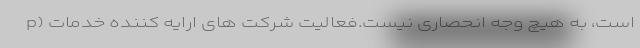
است، به هیچ وجه انحصاری نیست.فعالیت شرکت های ارایه کننده خدمات (p